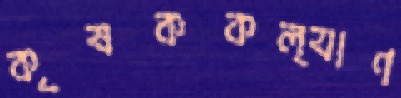
কৃষককল্যাণ